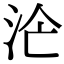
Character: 𣳁